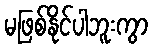
မဖြစ်နိုင်ပါဘူးကွာ